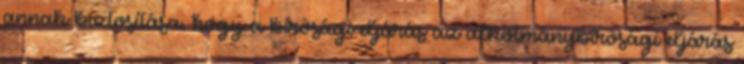
annak biztosítása, hogy a bírósági eljárás az alkotmánybírósági eljárás